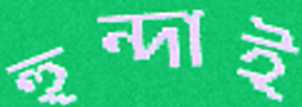
হুন্দাই